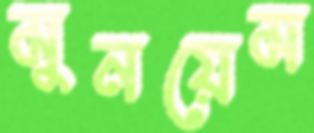
মুনয়েম